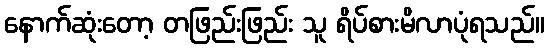
နောက်ဆုံးတော့ တဖြည်းဖြည်း သူ ရိပ်စားမိလာပုံရသည်။